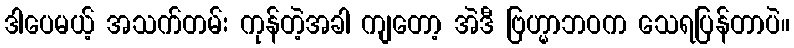
ဒါပေမယ့် အသက်တမ်း ကုန်တဲ့အခါ ကျတော့ အဲဒီ ဗြဟ္မာဘဝက သေရပြန်တာပဲ။